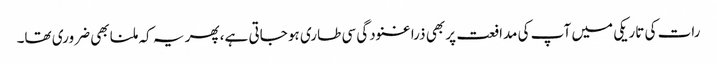
رات کی تاریکی میں آپ کی مدافعت پر بھی ذرا غنودگی سی طاری ہو جاتی ہے، پھر یہ کہ ملنا بھی ضروری تھا۔